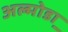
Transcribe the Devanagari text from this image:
अल्मोडा़